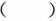
( )